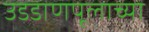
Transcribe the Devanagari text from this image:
उडडाणपूलाच्या